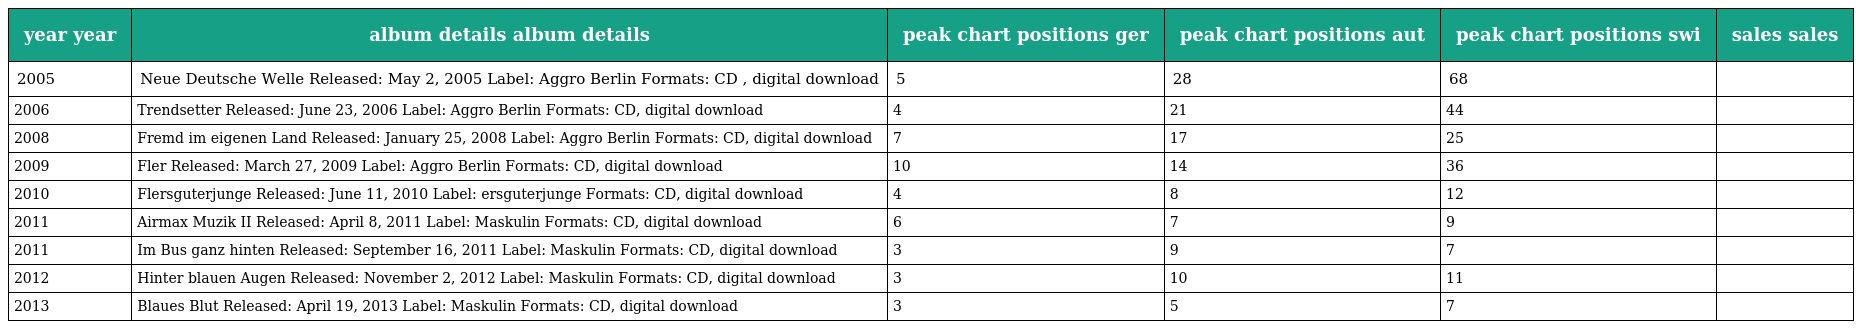
| year year | album details album details | peak chart positions ger | peak chart positions aut | peak chart positions swi | sales sales |
 | --- | --- | --- | --- | --- | --- |
 | 2005 | Neue Deutsche Welle Released: May 2, 2005 Label: Aggro Berlin Formats: CD , digital download | 5 | 28 | 68 |  |
 | 2006 | Trendsetter Released: June 23, 2006 Label: Aggro Berlin Formats: CD, digital download | 4 | 21 | 44 |  |
 | 2008 | Fremd im eigenen Land Released: January 25, 2008 Label: Aggro Berlin Formats: CD, digital download | 7 | 17 | 25 |  |
 | 2009 | Fler Released: March 27, 2009 Label: Aggro Berlin Formats: CD, digital download | 10 | 14 | 36 |  |
 | 2010 | Flersguterjunge Released: June 11, 2010 Label: ersguterjunge Formats: CD, digital download | 4 | 8 | 12 |  |
 | 2011 | Airmax Muzik II Released: April 8, 2011 Label: Maskulin Formats: CD, digital download | 6 | 7 | 9 |  |
 | 2011 | Im Bus ganz hinten Released: September 16, 2011 Label: Maskulin Formats: CD, digital download | 3 | 9 | 7 |  |
 | 2012 | Hinter blauen Augen Released: November 2, 2012 Label: Maskulin Formats: CD, digital download | 3 | 10 | 11 |  |
 | 2013 | Blaues Blut Released: April 19, 2013 Label: Maskulin Formats: CD, digital download | 3 | 5 | 7 |  |